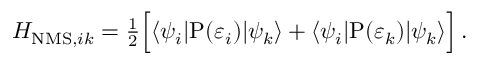
\begin{array} { r } { H _ { \mathrm { N M S } , i k } = \frac { 1 } { 2 } \Big [ \langle \psi _ { i } | \mathrm { P } ( \varepsilon _ { i } ) | \psi _ { k } \rangle + \langle \psi _ { i } | \mathrm { P } ( \varepsilon _ { k } ) | \psi _ { k } \rangle \Big ] \, . } \end{array}